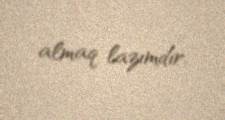
almaq lazımdır.